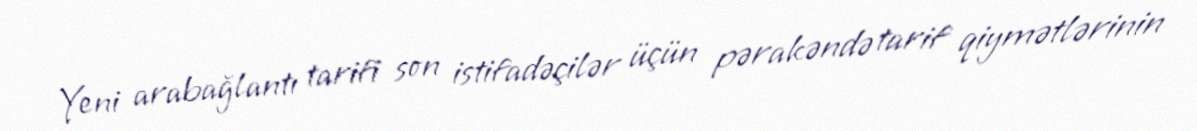
Yeni arabağlantı tarifi son istifadəçilər üçün pərakəndə tarif qiymətlərinin